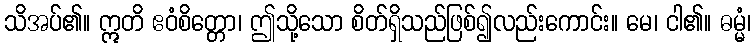
သိအပ်၏။ ဣတိ ဧဝံစိတ္တော၊ ဤသို့သော စိတ်ရှိသည်ဖြစ်၍လည်းကောင်း။ မေ၊ ငါ၏။ ဓမ္မံ၊